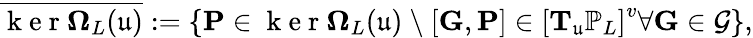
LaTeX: \overline{{\mathrm{~k~e~r~}\mathbf{\Omega}_{L}(\mathfrak{u})}}:=\{ \mathbf{P}\in\mathrm{~k~e~r~}\mathbf{\Omega}_{L}(\mathfrak{u})\ \backslash\ [\mathbf{G},\mathbf{P}]\in\left[\mathbf{T}_{\mathfrak{u}}\mathbb{P}_{L}\right]^{v}\forall\mathbf{G}\in\mathcal{G}\} ,